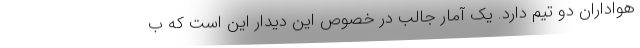
هواداران دو تیم دارد. یک آمار جالب در خصوص این دیدار این است که ب